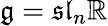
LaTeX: {\mathfrak{g}}={\mathfrak{sl}}_{n}\mathbb{R}